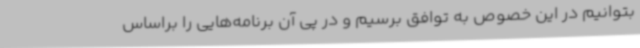
بتوانیم در این خصوص به توافق برسیم و در پی آن برنامه‌هایی را براساس